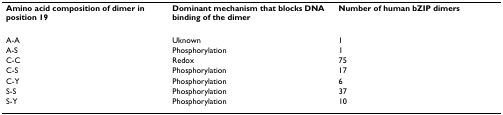
<table><thead><tr><td><b>Amino acid composition of dimer in position 19</b></td><td><b>Dominant mechanism that blocks DNA binding of the dimer</b></td><td><b>Number of human bZIP dimers</b></td></tr></thead><tbody><tr><td>A-A</td><td>Uknown</td><td>1</td></tr><tr><td>A-S</td><td>Phosphorylation</td><td>1</td></tr><tr><td>C-C</td><td>Redox</td><td>75</td></tr><tr><td>C-S</td><td>Phosphorylation</td><td>17</td></tr><tr><td>C-Y</td><td>Phosphorylation</td><td>6</td></tr><tr><td>S-S</td><td>Phosphorylation</td><td>37</td></tr><tr><td>S-Y</td><td>Phosphorylation</td><td>10</td></tr></tbody></table>